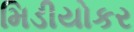
મિડીયોકર